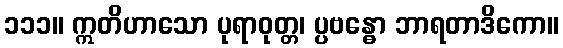
၁၁၁။ ဣတိဟာသော ပုရာဝုတ္တ၊ ပ္ပဗန္ဓော ဘာရတာဒိကော။